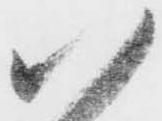
い